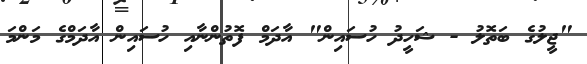
"ޖީލުގެ ބަތޮލު - ޝަހީދު ހުސައިން" އާދަމް ފޮތުންނާއި ހުސައިން އާދަމްގެ މަންމަ